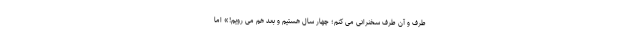
طرف و آن طرف سخنرانی می کنم؛ چهار سال هستیم و بعد هم می رویم!» اما